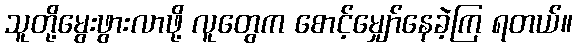
သူတို့မွေးဖွားလာဖို့ လူတွေက စောင့်မျှော်နေခဲ့ကြ ရတယ်။